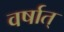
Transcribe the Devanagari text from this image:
वर्षात्